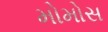
મોમોસ